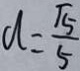
a = \frac { \sqrt { 5 } } { 5 }